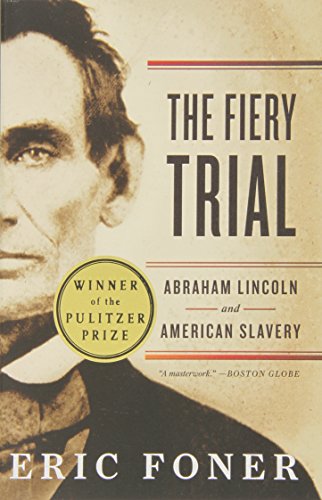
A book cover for The Fiery Trial: Abraham Lincoln and American Slavery; Eric Foner; Biographies & Memoirs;